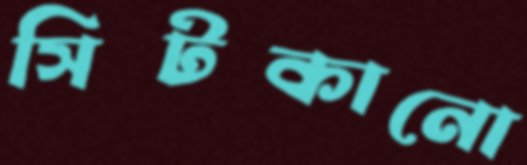
সিটকানো